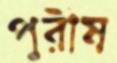
পুরীষ